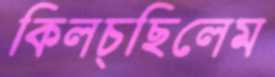
কিলচ্ছিলেম